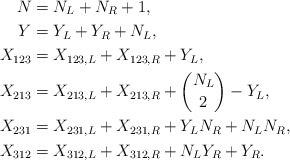
\begin{align*}N&=N_L+N_R+1, \\ Y&=Y_L+Y_R+N_L, \\X_{123}&=X_{123,L}+X_{123,R}+Y_L, \\X_{213}&=X_{213,L}+X_{213,R}+\binom{N_L}2-Y_L, \\X_{231}&=X_{231,L}+X_{231,R}+Y_LN_R+N_LN_R, \\X_{312}&=X_{312,L}+X_{312,R}+N_LY_R+Y_R. \end{align*}